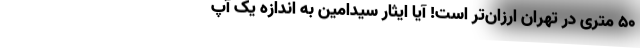
۵۰ ‌متری در تهران ارزان‌تر است! آیا ایثار سیدامین به اندازه یک آپ